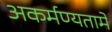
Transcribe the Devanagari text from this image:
अकर्मण्यतामें